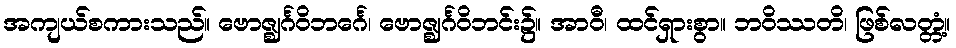
အကျယ်စကားသည်။ ဗောဇ္ဈင်္ဂဝိဘင်္ဂေ၊ ဗောဇ္ဈင်္ဂဝိဘင်း၌။ အာဝီ၊ ထင်ရှားစွာ။ ဘဝိဿတိ၊ ဖြစ်လတ္တံ့။